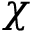
\chi